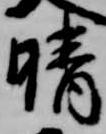
晴